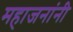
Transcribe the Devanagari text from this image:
महाजनांनी